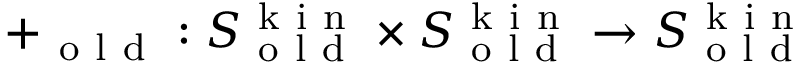
+ _ { \mathrm { ~ o ~ l ~ d ~ } } : S _ { \mathrm { ~ o ~ l ~ d ~ } } ^ { \mathrm { ~ k ~ i ~ n ~ } } \times S _ { \mathrm { ~ o ~ l ~ d ~ } } ^ { \mathrm { ~ k ~ i ~ n ~ } } \to S _ { \mathrm { ~ o ~ l ~ d ~ } } ^ { \mathrm { ~ k ~ i ~ n ~ } }